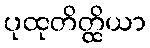
ပုထုတိတ္ထိယာ